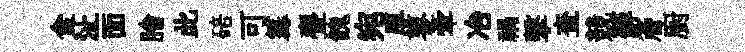
食沚面膾此碚可篝亹餽宛厚蓼牽冶禍擊查競蘚簷廚